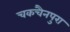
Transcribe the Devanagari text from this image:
चकचैनपुरा